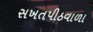
સખતપીઠવાળા